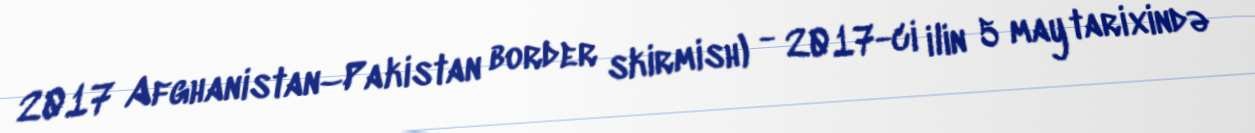
2017 Afghanistan–Pakistan border skirmish) - 2017-ci ilin 5 may tarixində